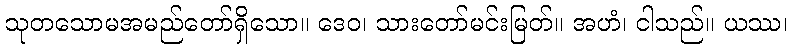
သုတသောမအမည်တော်ရှိသော။ ဒေဝ၊ သားတော်မင်းမြတ်။ အဟံ၊ ငါသည်။ ယဿ၊